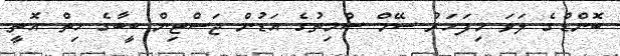
ބޮންޑްގެ ލަވަ މިފަހަރު ސޭމް ސްމިތުގެ އަޑުން ޖަސްޓިން ބީބާގެ ހިތް އޮތީ